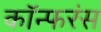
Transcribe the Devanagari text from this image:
कॉन्फरंस